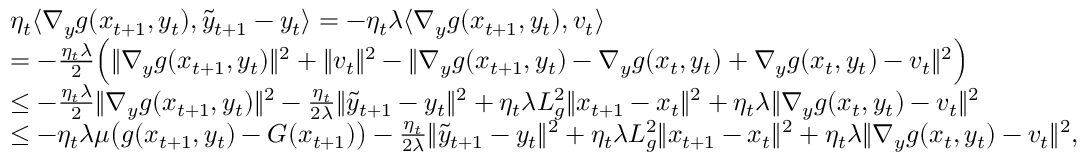
\begin{array} { r l } & { \eta _ { t } \langle \nabla _ { y } g ( x _ { t + 1 } , y _ { t } ) , \tilde { y } _ { t + 1 } - y _ { t } \rangle = - \eta _ { t } \lambda \langle \nabla _ { y } g ( x _ { t + 1 } , y _ { t } ) , v _ { t } \rangle } \\ & { = - \frac { \eta _ { t } \lambda } { 2 } \Big ( \| \nabla _ { y } g ( x _ { t + 1 } , y _ { t } ) \| ^ { 2 } + \| v _ { t } \| ^ { 2 } - \| \nabla _ { y } g ( x _ { t + 1 } , y _ { t } ) - \nabla _ { y } g ( x _ { t } , y _ { t } ) + \nabla _ { y } g ( x _ { t } , y _ { t } ) - v _ { t } \| ^ { 2 } \Big ) } \\ & { \leq - \frac { \eta _ { t } \lambda } { 2 } \| \nabla _ { y } g ( x _ { t + 1 } , y _ { t } ) \| ^ { 2 } - \frac { \eta _ { t } } { 2 \lambda } \| \tilde { y } _ { t + 1 } - y _ { t } \| ^ { 2 } + \eta _ { t } \lambda L _ { g } ^ { 2 } \| x _ { t + 1 } - x _ { t } \| ^ { 2 } + \eta _ { t } \lambda \| \nabla _ { y } g ( x _ { t } , y _ { t } ) - v _ { t } \| ^ { 2 } } \\ & { \leq - \eta _ { t } \lambda \mu \big ( g ( x _ { t + 1 } , y _ { t } ) - G ( x _ { t + 1 } ) \big ) - \frac { \eta _ { t } } { 2 \lambda } \| \tilde { y } _ { t + 1 } - y _ { t } \| ^ { 2 } + \eta _ { t } \lambda L _ { g } ^ { 2 } \| x _ { t + 1 } - x _ { t } \| ^ { 2 } + \eta _ { t } \lambda \| \nabla _ { y } g ( x _ { t } , y _ { t } ) - v _ { t } \| ^ { 2 } , } \end{array}